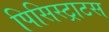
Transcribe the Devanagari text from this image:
पिसिस्ट्राटस